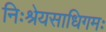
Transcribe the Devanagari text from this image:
निःश्रेयसाधिगमः